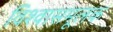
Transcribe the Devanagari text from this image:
विश्वासमूलक